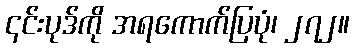
၎င်းပုဒ်ကို အရကောက်ပြပုံ၊ ၂၇၂။